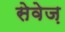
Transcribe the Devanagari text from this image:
सेवेज़